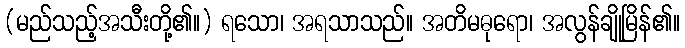
(မည်သည့်အသီးတို့၏။) ရသော၊ အရသာသည်။ အတိမဓုရော၊ အလွန်ချိုမြိန်၏။